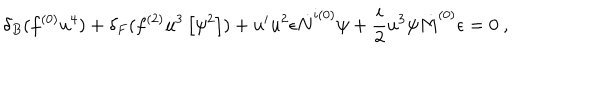
\delta _ { B } ( f ^ { ( 0 ) } u ^ { 4 } ) + \delta _ { F } ( f ^ { ( 2 ) } u ^ { 3 } \left[ \psi ^ { 2 } \right] ) + u ^ { i } u ^ { 2 } \epsilon \dot { N } ^ { i ( 0 ) } \psi + \frac { i } { 2 } u ^ { 3 } \psi \dot { M } ^ { ( 0 ) } \epsilon = 0 ~ ,